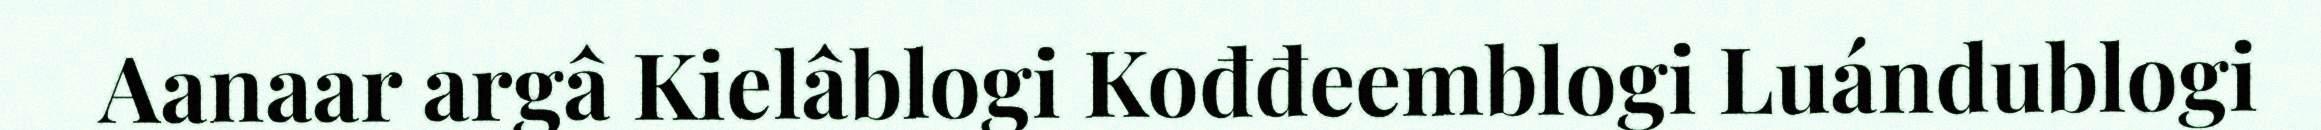
Aanaar argâ Kielâblogi Kođđeemblogi Luándublogi